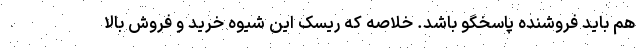
هم باید فروشنده پاسخگو باشد. خلاصه که ریسک این شیوه خرید و فروش بالا